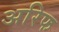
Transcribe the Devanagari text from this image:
अरिफ